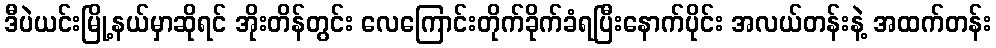
ဒီပဲယင်းမြို့နယ်မှာဆိုရင် အိုးတိန်တွင်း လေကြောင်းတိုက်ခိုက်ခံရပြီးနောက်ပိုင်း အလယ်တန်းနဲ့ အထက်တန်း